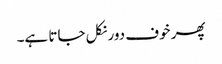
پھر خوف دور نکل جاتا ہے۔